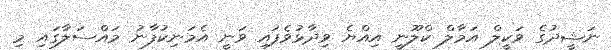
ނަޝީދުގެ ވަކީލް އަމާލް ކްލޫނީ އިއްޔެ ވިދާޅުވެފައި ވަނީ އެމަނިކުފާނު މައްސަލާގައި މި